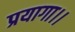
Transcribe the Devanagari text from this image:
प्रयागा।।